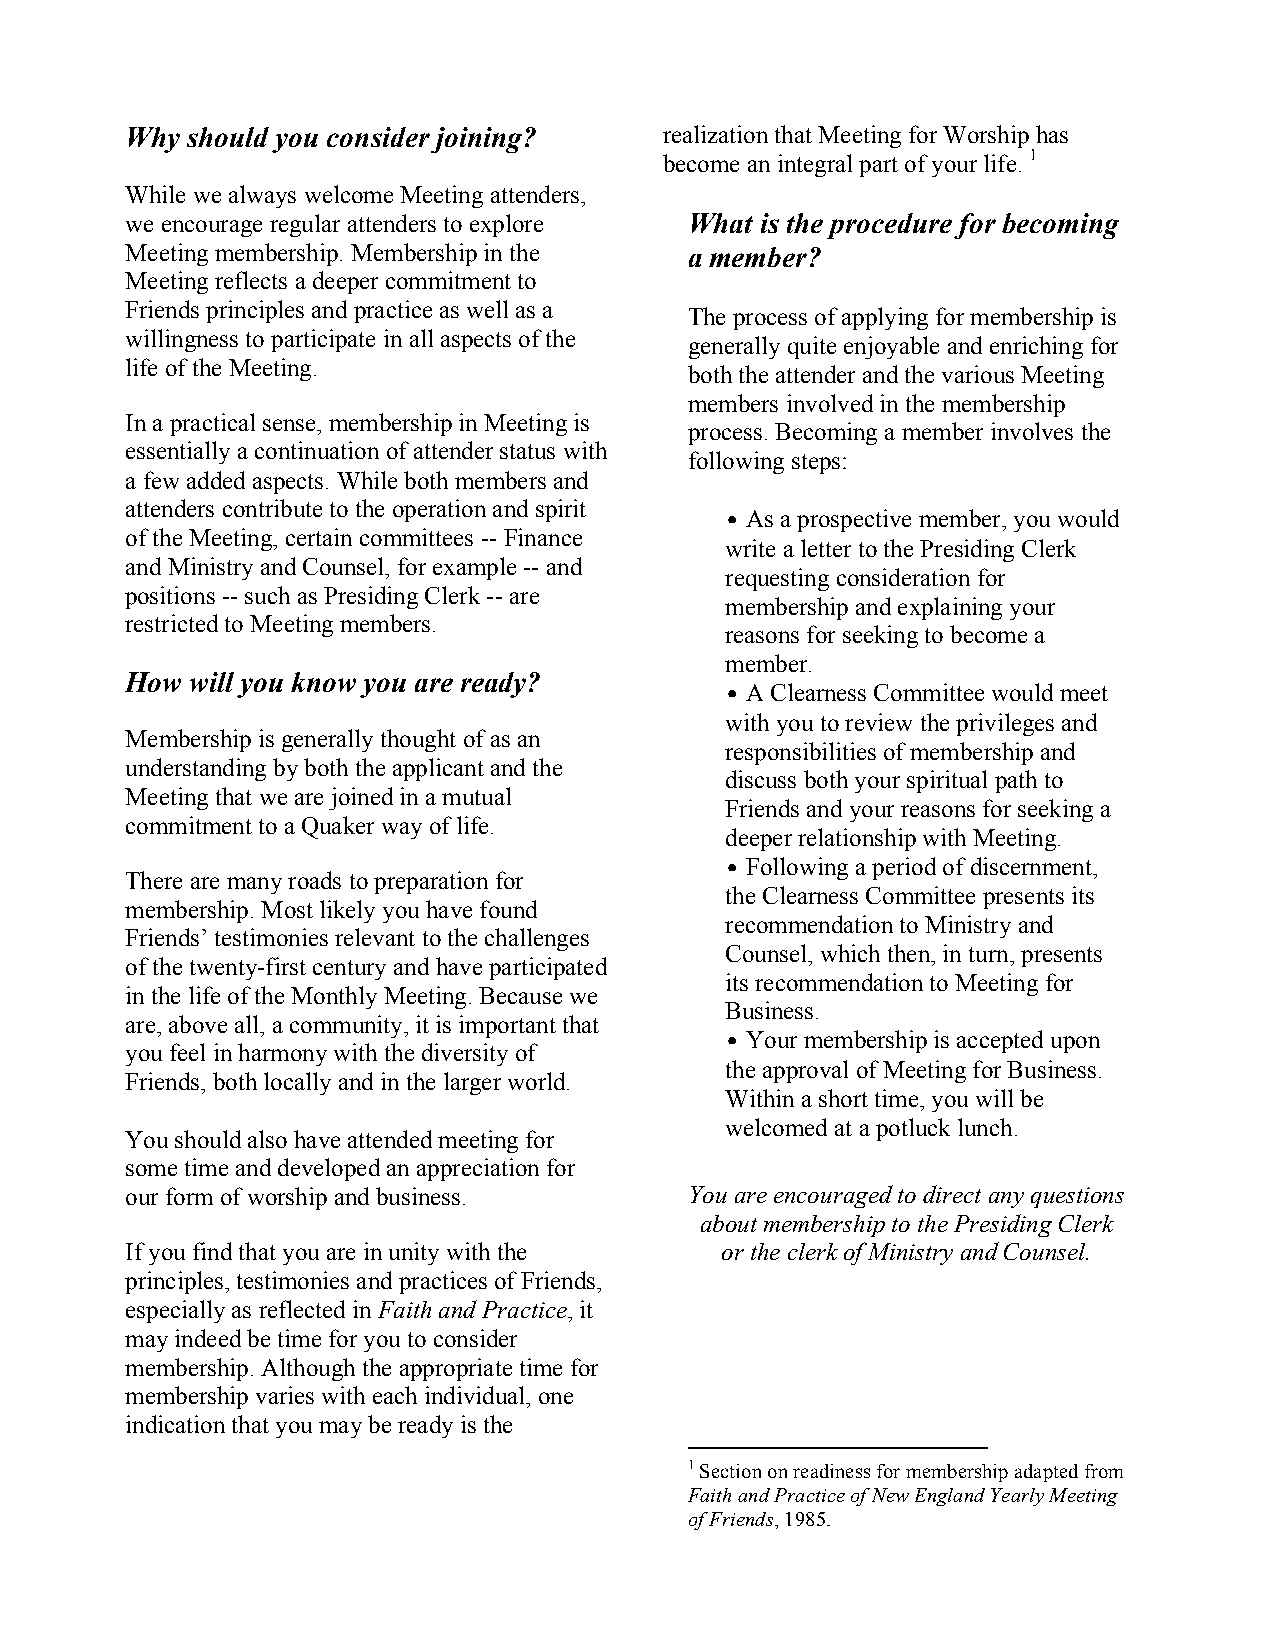
Why should you consider joining?    realization that Meeting for Worship has
 become an integral part of your life. 1
 While we always welcome Meeting attenders,
 we encourage regular attenders to explore What is the procedure for becoming
 Meeting membership. Membership in the a member?
 Meeting reflects a deeper commitment to
 Friends principles and practice as well as a
 The process of applying for membership is
 willingness to participate in all aspects of the
 generally quite enjoyable and enriching for
 life of the Meeting.
 both the attender and the various Meeting
 members involved in the membership
 In a practical sense, membership in Meeting is
 process. Becoming a member involves the
 essentially a continuation of attender status with
 following steps:
 a few added aspects. While both members and
 attenders contribute to the operation and spirit
 • As a prospective member, you would
 of the Meeting, certain committees -- Finance
 write a letter to the Presiding Clerk
 and Ministry and Counsel, for example -- and
 requesting consideration for
 positions -- such as Presiding Clerk -- are
 membership and explaining your
 restricted to Meeting members.
 reasons for seeking to become a
 member.
 How  will you know you are ready?
 • A Clearness Committee would meet
 with you to review the privileges and
 Membership is generally thought of as an
 responsibilities of membership and
 understanding by both the applicant and the
 discuss both your spiritual path to
 Meeting that we are joined in a mutual
 Friends and your reasons for seeking a
 commitment to a Quaker way of life.
 deeper relationship with Meeting.
 • Following a period of discernment,
 There are many roads to preparation for
 the Clearness Committee presents its
 membership. Most likely you have found
 recommendation to Ministry and
 Friends’ testimonies relevant to the challenges
 Counsel, which then, in turn, presents
 of the twenty-first century and have participated
 its recommendation to Meeting for
 in the life of the Monthly Meeting. Because we
 Business.
 are, above all, a community, it is important that
 • Your membership is accepted upon
 you feel in harmony with the diversity of
 the approval of Meeting for Business.
 Friends, both locally and in the larger world.
 Within a short time, you will be
 welcomed at a potluck lunch.
 You should also have attended meeting for
 some time and developed an appreciation for
 our form of worship and business.     You are encouraged to direct any questions
 about membership to the Presiding Clerk
 If you find that you are in unity with the or the clerk of Ministry and Counsel.
 principles, testimonies and practices of Friends,
 especially as reflected in Faith and Practice, it
 may indeed be time for you to consider
 membership. Although the appropriate time for
 membership varies with each individual, one
 indication that you may be ready is the
 1 Section on readiness for membership adapted from
 Faith and Practice of New England Yearly Meeting
 of Friends, 1985.